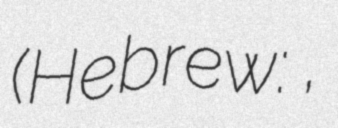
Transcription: (Hebrew: ארץ אחרת,